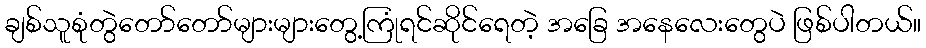
ချစ်သူစုံတွဲတော်တော်များများတွေ့ကြုံရင်ဆိုင်ရေတဲ့ အခြေ အနေလေးတွေပဲ ဖြစ်ပါတယ်။